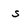
Character: s